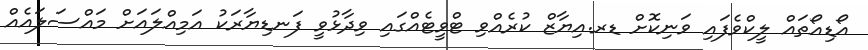
އޯޑިއޯތައް ލީކްވެފައި ވަނިކޮށް ޑރ.އިޔާޒް ކުރެއްވި ޓްވީޓެއްގައި ވިދާޅުވީ ފަނޑިޔާރަކު އަމިއްލައަށް މައްސަލައެއް